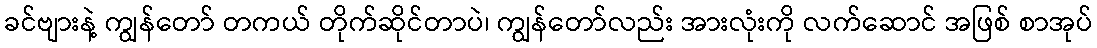
ခင်ဗျားနဲ့ ကျွန်တော် တကယ် တိုက်ဆိုင်တာပဲ၊ ကျွန်တော်လည်း အားလုံးကို လက်ဆောင် အဖြစ် စာအုပ်